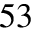
^ { 5 3 }